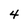
Character: 4